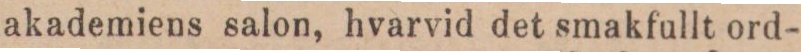
akademiens salon, hvarvid det smakfullt ord-